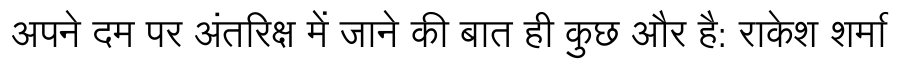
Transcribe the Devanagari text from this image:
अपने दम पर अंतरिक्ष में जाने की बात ही कुछ और है: राकेश शर्मा